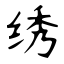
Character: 绣